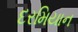
દરમિયાન